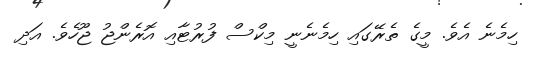
ހިމެނެ އެވެ. މީގެ ތެރޭގައި ހިމެނެނީ މިކްސް ފުރުޓާއި އޮރެންޖު ޖޫހެވެ. އަދި